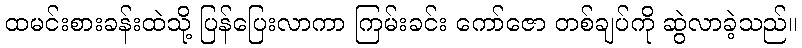
ထမင်းစားခန်းထဲသို့ ပြန်ပြေးလာကာ ကြမ်းခင်း ကော်ဇော တစ်ချပ်ကို ဆွဲလာခဲ့သည်။